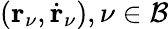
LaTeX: {(\mathbf{r}_{\nu},\dot{\mathbf{r}}_{\nu}),\nu\in\mathcal{B}}